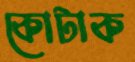
কোটাক